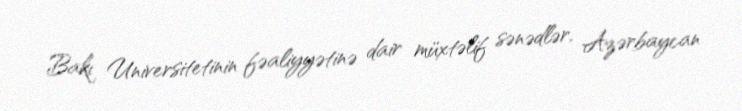
Bakı Universitetinin fəaliyyətinə dair müxtəlif sənədlər, Azərbaycan